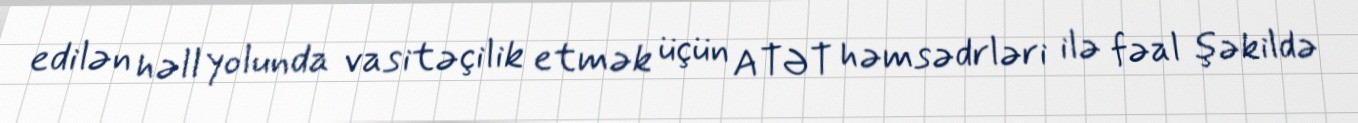
edilən həll yolunda vasitəçilik etmək üçün ATƏT həmsədrləri ilə fəal şəkildə